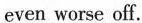
even worse off.